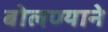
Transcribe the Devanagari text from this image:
बोलण्याने